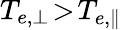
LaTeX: T_{e,\perp}\! >\! T_{e,\parallel}